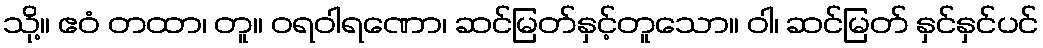
သို့။ ဧဝံ တထာ၊ တူ။ ဝရဝါရဏော၊ ဆင်မြတ်နှင့်တူသော။ ဝါ၊ ဆင်မြတ် နှင်နှင်ပင်